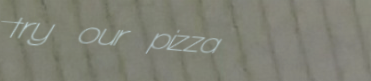
try our pizza